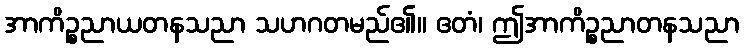
အာကိဉ္စညာယတနသညာ သဟဂတမည်၏။ ဧတံ၊ ဤအာကိဉ္စညာတနသညာ